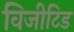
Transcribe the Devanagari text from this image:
विजीटिड